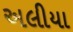
અલીયા